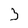
Character: 3